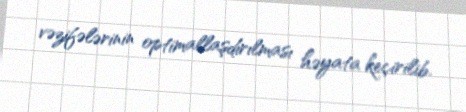
vəzifələrinin optimallaşdırılması həyata keçirilib.